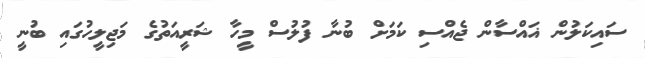
ސައިކަލުން ޣައްސާން ޖެއްސި ކަމަށް ބުނާ ފުލުސް މީހާ ޝަރީއަތުގެ މަޖިލީހުގައި ބުނީ